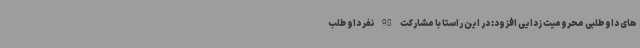
های داوطلبی محرومیت زدایی افزود: در این راستا با مشارکت 98 نفر داوطلب